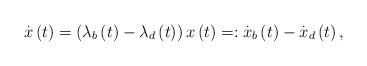
LaTeX: \begin{align*}\overset{.}{x}\left( t\right) =\left( \lambda _{b}\left( t\right) -\lambda_{d}\left( t\right) \right) x\left( t\right) =:\overset{.}{x}_{b}\left( t\right) -\overset{.}{x}_{d}\left( t\right) , \end{align*}